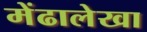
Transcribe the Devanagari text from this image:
मेंढालेखा